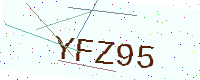
Text: YFZ95